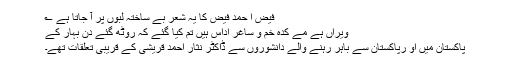
فیض ا حمد فیض کا یہ شعر بے ساختہ لبوں پر آ جاتا ہے ؎
ویراں ہے مے کدہ خم و ساغر اداس ہیں تم کیا گئے کہ روٹھ گئے دن بہار کے
پاکستان میں او رپاکستان سے باہر رہنے والے دانشوروں سے ڈاکٹر نثار احمد قریشی کے قریبی تعلقات تھے۔